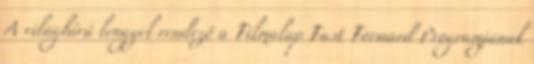
A világhírű lengyel rendező a Filmalap Fast Forward Programjának